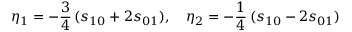
\eta _ { 1 } = - \frac { 3 } { 4 } \, ( s _ { 1 0 } + 2 s _ { 0 1 } ) , \quad \eta _ { 2 } = - \frac { 1 } { 4 } \, ( s _ { 1 0 } - 2 s _ { 0 1 } )